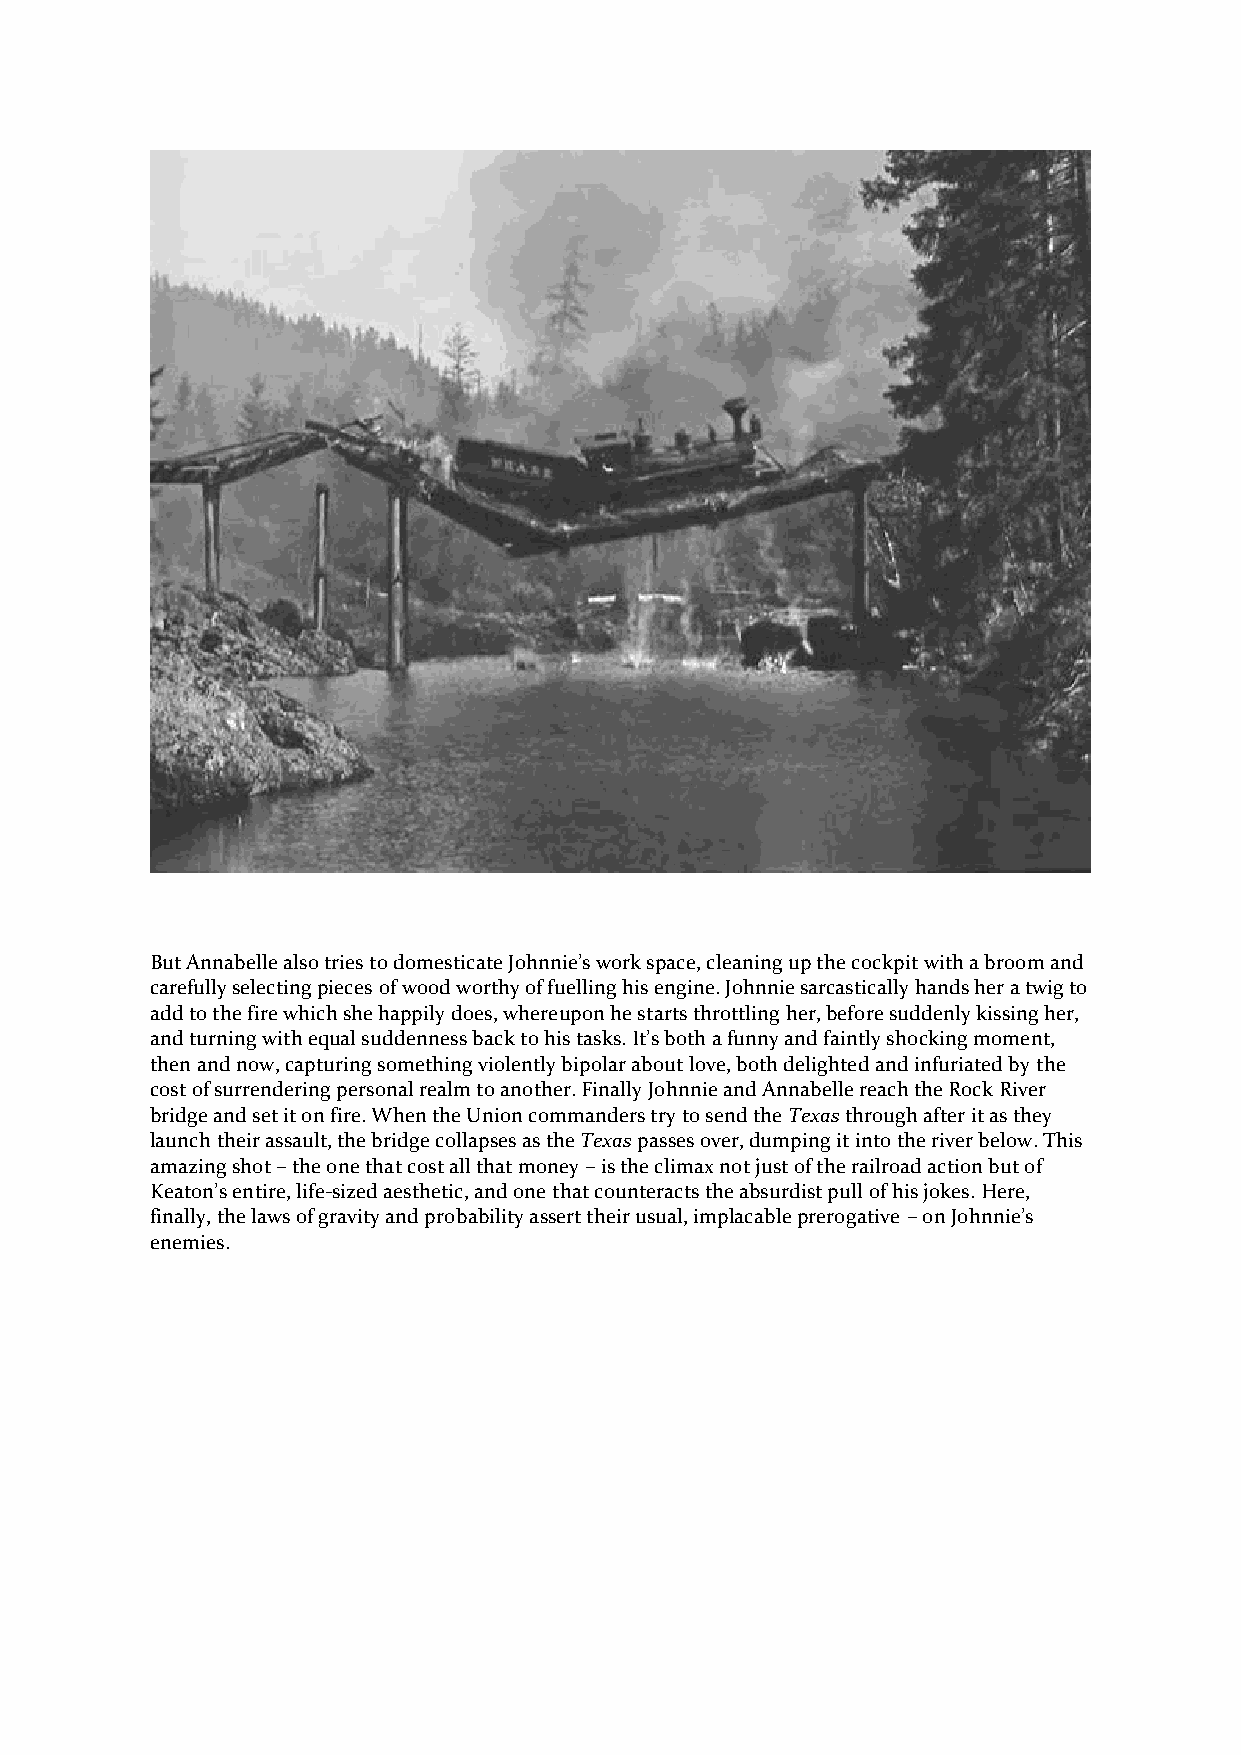
But Annabelle also tries to domesticate Johnnie’s work space, cleaning up the cockpit with a broom and
 carefully selecting pieces of wood worthy of fuelling his engine. Johnnie sarcastically hands her a twig to
 add to the fire which she happily does, whereupon he starts throttling her, before suddenly kissing her,
 and turning with equal suddenness back to his tasks. It’s both a funny and faintly shocking moment,
 then and now, capturing something violently bipolar about love, both delighted and infuriated by the
 cost of surrendering personal realm to another. Finally Johnnie and Annabelle reach the Rock River
 bridge and set it on fire. When the Union commanders try to send the Texas through after it as they
 launch their assault, the bridge collapses as the Texas passes over, dumping it into the river below. This
 amazing shot – the one that cost all that money – is the climax not just of the railroad action but of
 Keaton’s entire, life-sized aesthetic, and one that counteracts the absurdist pull of his jokes. Here,
 finally, the laws of gravity and probability assert their usual, implacable prerogative – on Johnnie’s
 enemies.